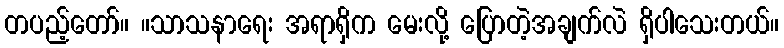
တပည့်တော်။ ။သာသနာရေး အရာရှိက မေးလို့ ပြောတဲ့အချက်လဲ ရှိပါသေးတယ်။